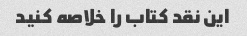
این نقد کتاب را خلاصه کنید